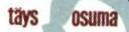
täys osuma